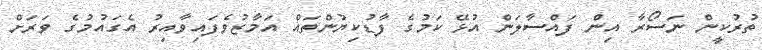
ތުރުކީން ނަސޯރާ އިން ފައްސާލަން އުޅޭ ކަމުގެ ފާޑުކިޔުންތައް އަމާޒުވެފައިވާއިރު އެގައުމުގެ ވަރަށް